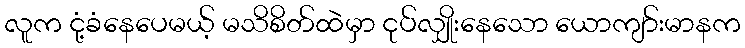
လူက ငုံ့ခံနေပေမယ့် မသိစိတ်ထဲမှာ ငုပ်လျှိုးနေသော ယောကျာ်းမာနက